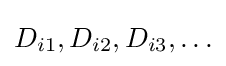
D_{i1},D_{i2},D_{i3},\ldots